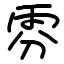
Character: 雰